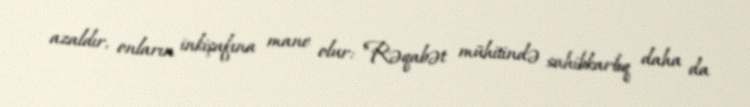
azaldır, onların inkişafına mane olur: "Rəqabət mühitində sahibkarlıq daha da